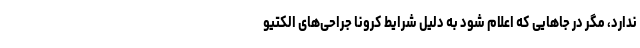
ندارد، مگر در جاهایی که اعلام شود به دلیل شرایط کرونا جراحی‌های الکتیو